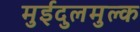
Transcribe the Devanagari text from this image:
मुईदुलमुल्क